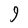
Character: 9